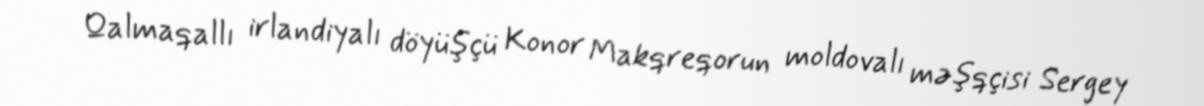
Qalmaqallı irlandiyalı döyüşçü Konor Makqreqorun moldovalı məşqçisi Sergey